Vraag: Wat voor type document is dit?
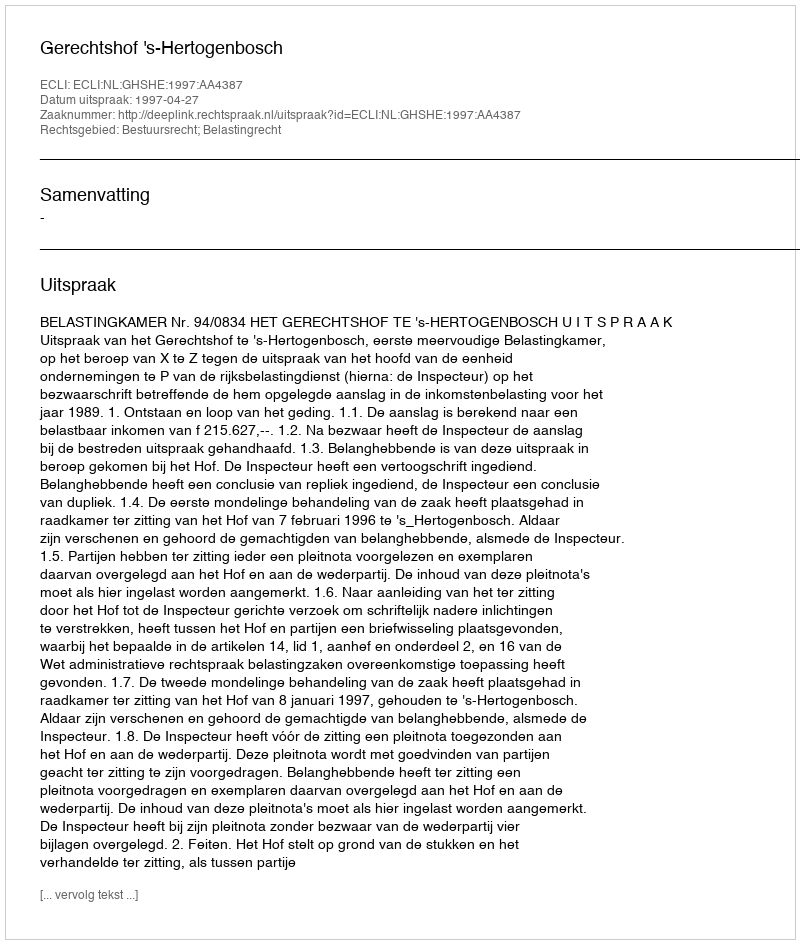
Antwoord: Uitspraak